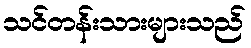
သင်တန်းသားများသည်